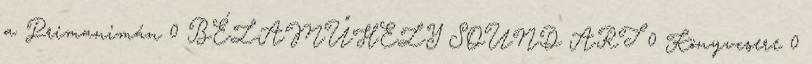
a Primanimán 0 BÉLAMŰHELY SOUND ART 0 Könyvcsere 0